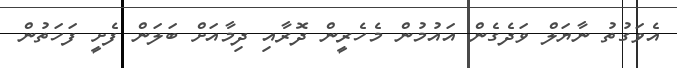
އެވަގުތު ނާޔަލް ވަދެގެން އައުމުން މެހެރީން ދޮރާއި ދިމާއަށް ބަލަން ފެށީ ފަހަތުން